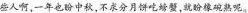
些人啊，一年也盼中秋，不求分月饼吃螃蟹，就盼橡碗熟呢。